Annual report of the Punjab Veterinary College and of the Civil Veterinary Department, Punjab - 1909-1919
Year: 1909
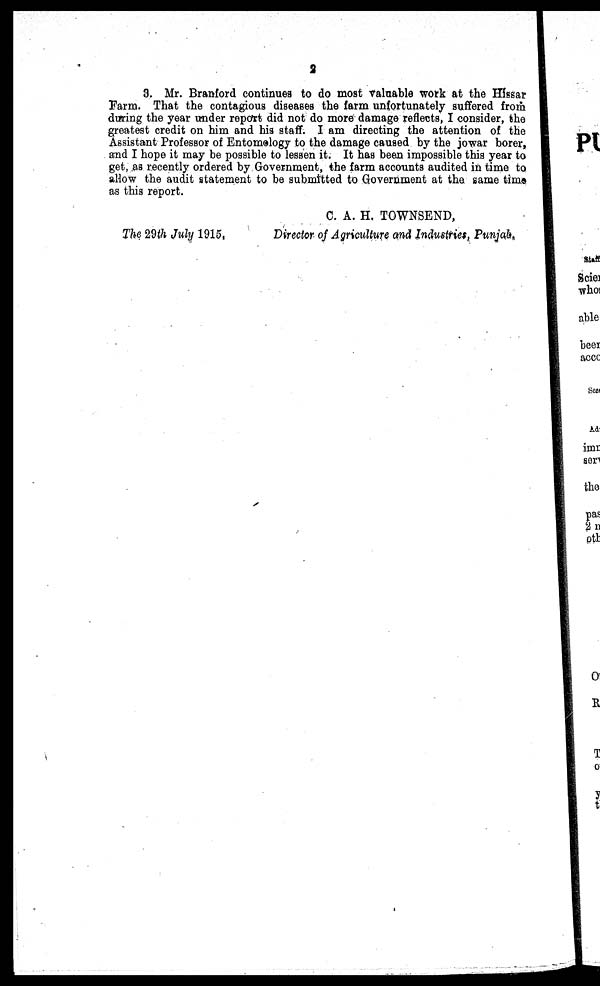
2
3. Mr. Branford continues to do most valuable work at the Hissar
Farm. That the contagious diseases the farm unfortunately suffered from
during the year under report did not do more damage reflects, I consider, the
greatest credit on him and his staff. I am directing the attention of the
Assistant Professor of Entomology to the damage caused by the jowar borer,
and I hope it may be possible to lessen it. It has been impossible this year to
get, as recently ordered by Government, the farm accounts audited in time to
allow the audit statement to be submitted to Government at the same time
as this report.
C. A. H. TOWNSEND,
The 29th July 1915,
Director of Agriculture and Industries, Punjab.